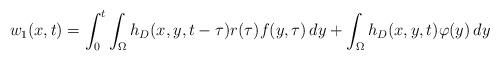
LaTeX: \begin{align*}w_{1}(x,t)=\int_{0}^{t}\int_{\Omega} h_{D}(x,y,t-\tau) r(\tau)f(y,\tau) \,dy+\int_{\Omega} h_{D}(x,y,t)\varphi (y) \, dy \end{align*}